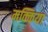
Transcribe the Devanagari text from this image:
मक्किया